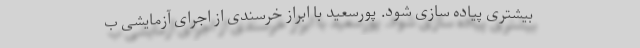
بیشتری پیاده سازی شود. پورسعید با ابراز خرسندی از اجرای آزمایشی ب